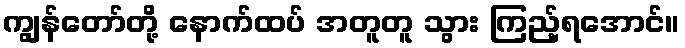
ကျွန်တော်တို့ နောက်ထပ် အတူတူ သွား ကြည့်ရအောင်။